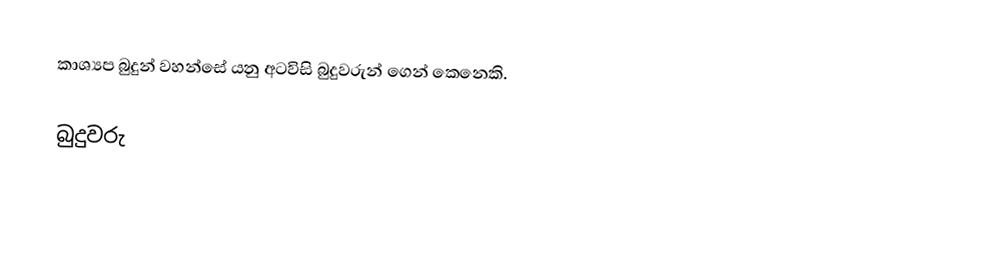
කාශ්‍යප බුදුන් වහන්සේ යනු අටවිසි බුදුවරුන් ගෙන් කෙනෙකි.

බුදුවරු